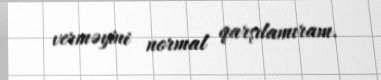
verməyini normal qarşılamıram.